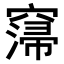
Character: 𥧲